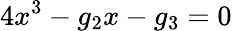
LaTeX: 4x^{3}-g_{2}x-g_{3}=0